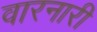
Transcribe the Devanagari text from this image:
वारनारी